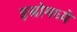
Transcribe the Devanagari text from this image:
इस्रोमध्ये